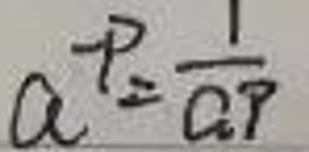
\[a^{-p}=\frac{1}{a^{p}}\]